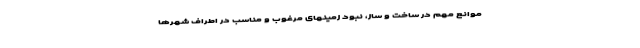
موانع مهم در ساخت و ساز، نبود زمینهای مرغوب و مناسب در اطراف شهرها